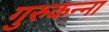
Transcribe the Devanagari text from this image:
गुरुकन्ना